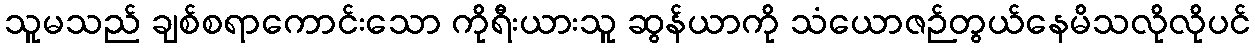
သူမသည် ချစ်စရာကောင်းသော ကိုရီးယားသူ ဆွန်ယာကို သံယောဇဉ်တွယ်နေမိသလိုလိုပင်